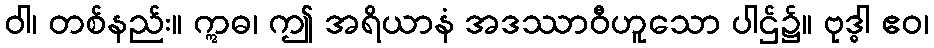
ဝါ၊ တစ်နည်း။ ဣဓ၊ ဤ အရိယာနံ အဒဿာဝီဟူသော ပါဌ်၌။ ဗုဒ္ဓါ ဧဝ၊